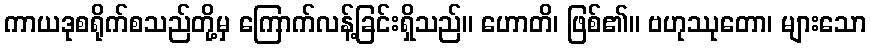
ကာယဒုစရိုက်စသည်တို့မှ ကြောက်လန့်ခြင်းရှိသည်။ ဟောတိ၊ ဖြစ်၏။ ဗဟုဿုတော၊ များသော